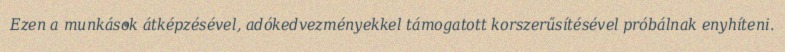
Ezen a munkások átképzésével, adókedvezményekkel támogatott korszerűsítésével próbálnak enyhíteni.